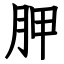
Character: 胛